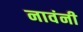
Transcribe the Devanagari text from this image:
नावंनी